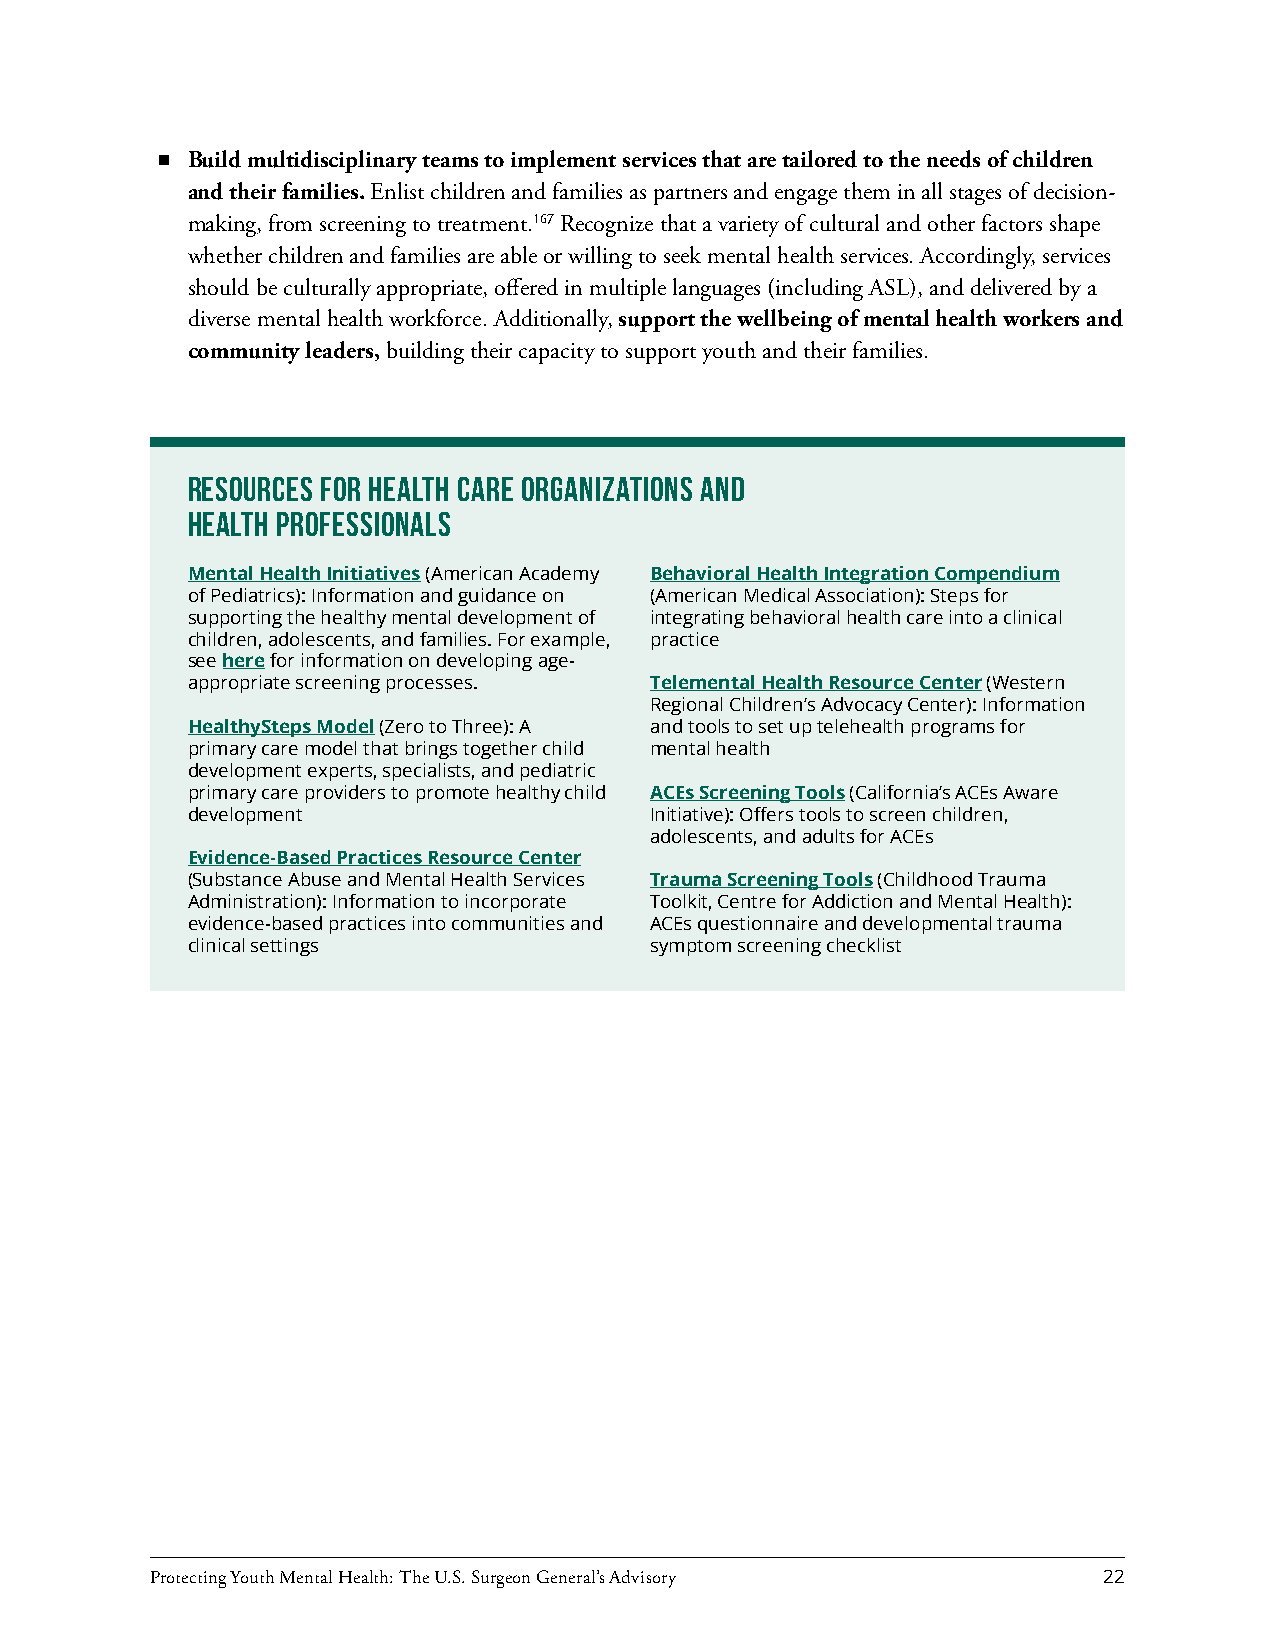
Build multidisciplinary teams to implement services that are tailored to the needs of children
 and their families. Enlist children and families as partners and engage them in all stages of decision-
 making, from screening to treatment.167 Recognize that a variety of cultural and other factors shape
 whether children and families are able or willing to seek mental health services. Accordingly, services
 should be culturally appropriate, offered in multiple languages (including ASL), and delivered by a
 diverse mental health workforce. Additionally, support the wellbeing of mental health workers and
 community leaders, building their capacity to support youth and their families.
 Resources for Health Care Organizations and
 Health Professionals
 Mental Health Initiatives (American Academy Behavioral Health Integration Compendium
 of Pediatrics): Information and guidance on (American Medical Association): Steps for
 supporting the healthy mental development of integrating behavioral health care into a clinical
 children, adolescents, and families. For example, practice
 see here for information on developing age-
 appropriate screening processes. Telemental Health Resource Center (Western
 Regional Children’s Advocacy Center): Information
 HealthySteps Model (Zero to Three): A and tools to set up telehealth programs for
 primary care model that brings together child mental health
 development experts, specialists, and pediatric
 primary care providers to promote healthy child ACEs Screening Tools (California’s ACEs Aware
 development                    Initiative): Offers tools to screen children,
 adolescents, and adults for ACEs
 Evidence-Based Practices Resource Center
 (Substance Abuse and Mental Health Services Trauma Screening Tools (Childhood Trauma
 Administration): Information to incorporate Toolkit, Centre for Addiction and Mental Health):
 evidence-based practices into communities and ACEs questionnaire and developmental trauma
 clinical settings              symptom screening checklist
 Protecting Youth Mental Health: The U.S. Surgeon General’s Advisory 22